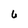
Character: 6